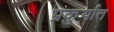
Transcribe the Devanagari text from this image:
प्रकुर्यात